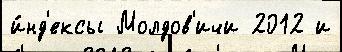
и́нд'ексы Молдов'ичи 2012 и